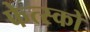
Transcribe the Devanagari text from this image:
फेत्स्को